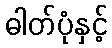
ဓါတ်ပုံနှင့်